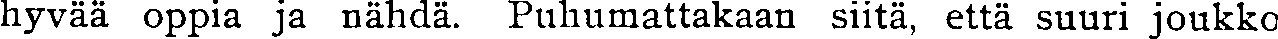
hyvää oppia ja nähdä. Puhumattakaan siitä, että suuri joukko